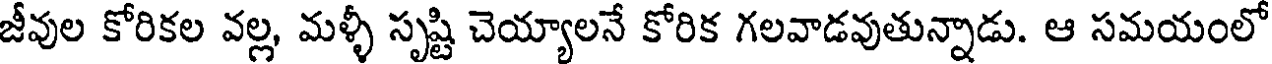
జీవుల కోరికల వల్ల, మళ్ళీ సృష్టి చెయ్యాలనే కోరిక గలవాడవుతున్నాడు. ఆ సమయంలో